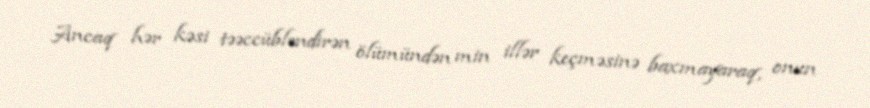
Ancaq hər kəsi təəccübləndirən ölümündən min illər keçməsinə baxmayaraq, onun